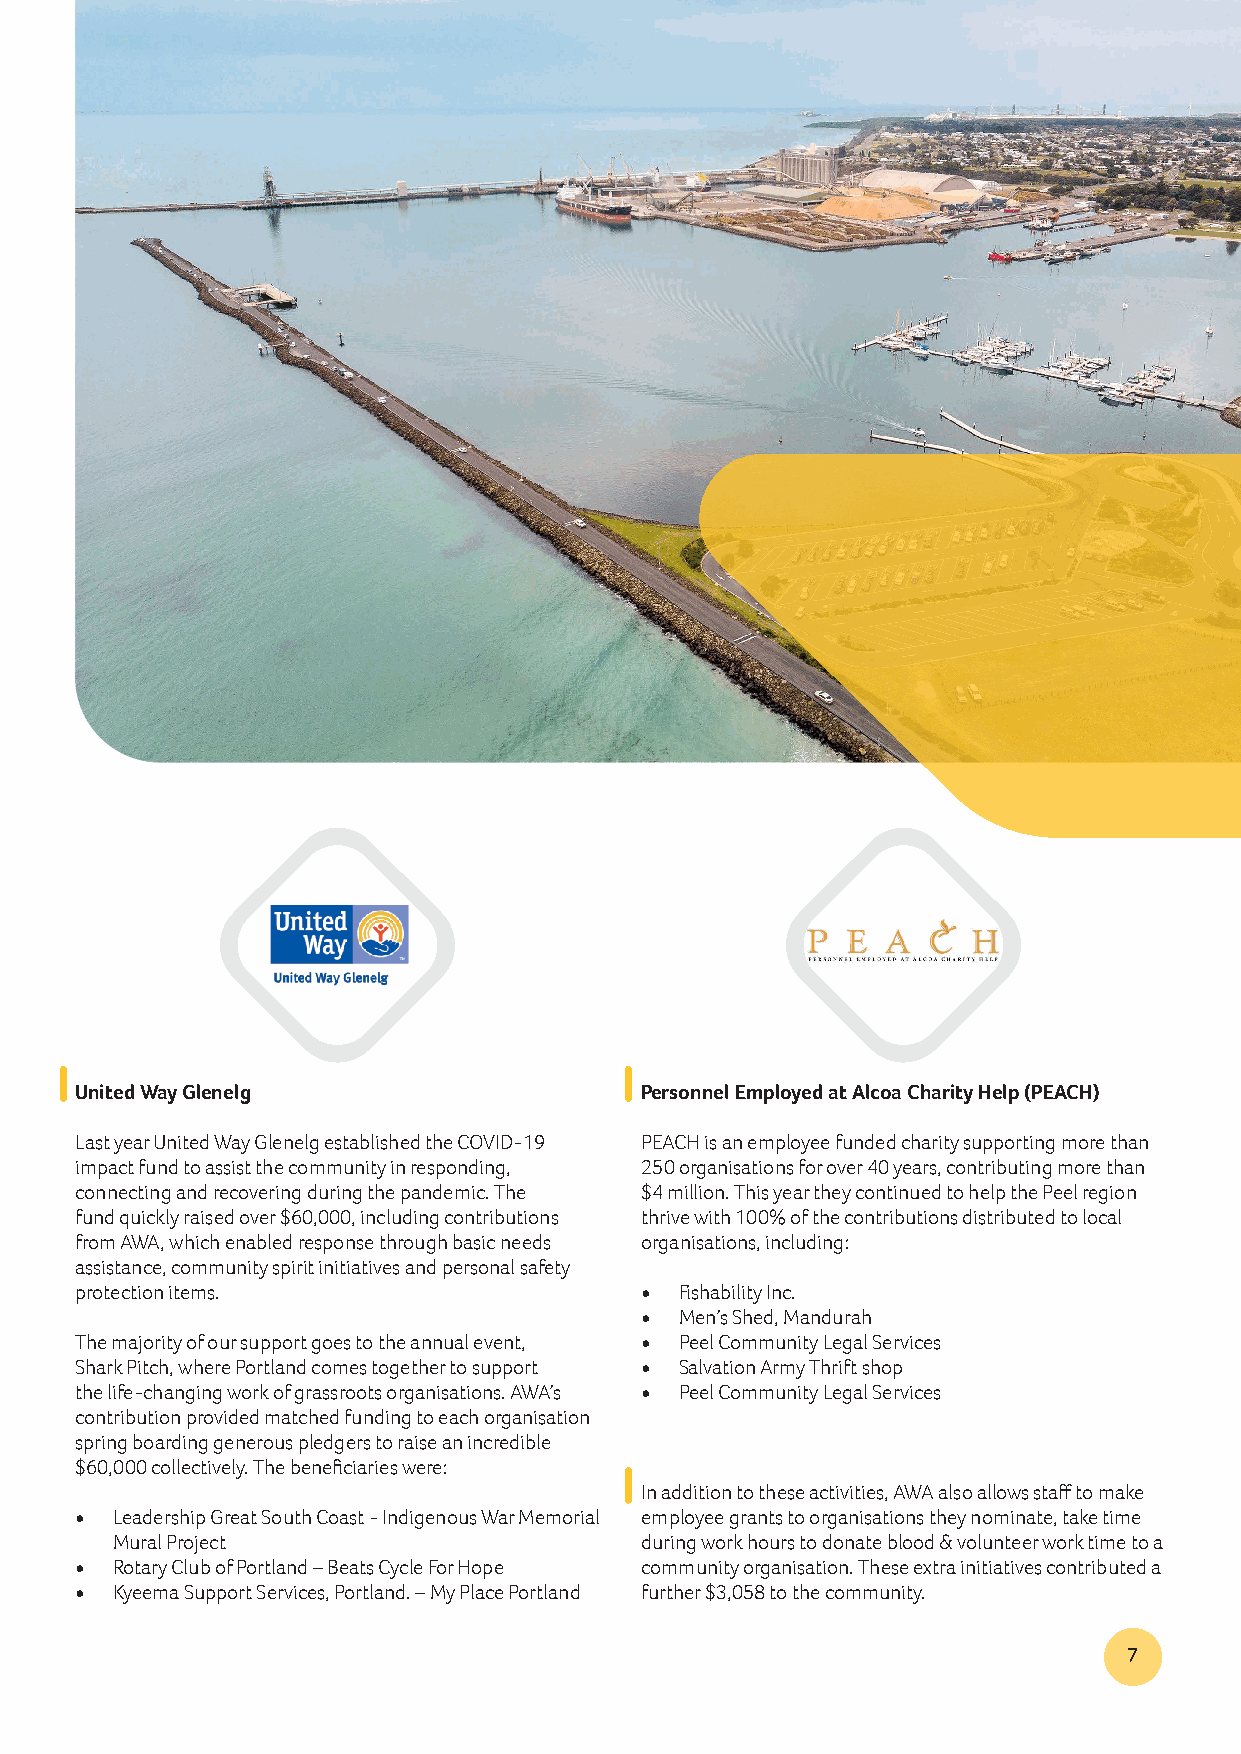
United Way Glenelg                   Personnel Employed at Alcoa Charity Help (PEACH)
 Last year United Way Glenelg established the COVID-19 PEACH is an employee funded charity supporting more than
 impact fund to assist the community in responding, 250 organisations for over 40 years, contributing more than
 connecting and recovering during the pandemic. The $4 million. This year they continued to help the Peel region
 fund quickly raised over $60,000, including contributions thrive with 100% of the contributions distributed to local
 from AWA, which enabled response through basic needs organisations, including:
 assistance, community spirit initiatives and personal safety
 protection items.                    •  Fishability Inc.
 •  Men’s Shed, Mandurah
 The majority of our support goes to the annual event, • Peel Community Legal Services
 Shark Pitch, where Portland comes together to support • Salvation Army Thrift shop
 the life-changing work of grassroots organisations. AWA’s • Peel Community Legal Services
 contribution provided matched funding to each organisation
 spring boarding generous pledgers to raise an incredible
 $60,000 collectively. The beneficiaries were:
 In addition to these activities, AWA also allows staff to make
 • Leadership Great South Coast - Indigenous War Memorial employee grants to organisations they nominate, take time
 Mural Project                      during work hours to donate blood & volunteer work time to a
 • Rotary Club of Portland – Beats Cycle For Hope community organisation. These extra initiatives contributed a
 • Kyeema Support Services, Portland. – My Place Portland further $3,058 to the community.
 7